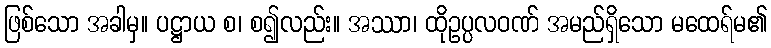
ဖြစ်သော အခါမှ။ ပဋ္ဌာယ စ၊ စ၍လည်း။ အဿာ၊ ထိုဥပ္ပလဝဏ် အမည်ရှိသော မထေရ်မ၏